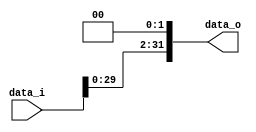
// 109550087
module Shift_Left_Two_32(
    data_i,
    data_o
    );

//I/O ports                    
input [32-1:0] data_i;
output [32-1:0] data_o;

//shift left 2
reg [32-1:0] data_o;
always @(*) begin
    data_o[31:2] <= data_i[29:0];
    data_o[1:0] <= 2'b0;
end
     
endmodule